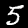
Digit: 5